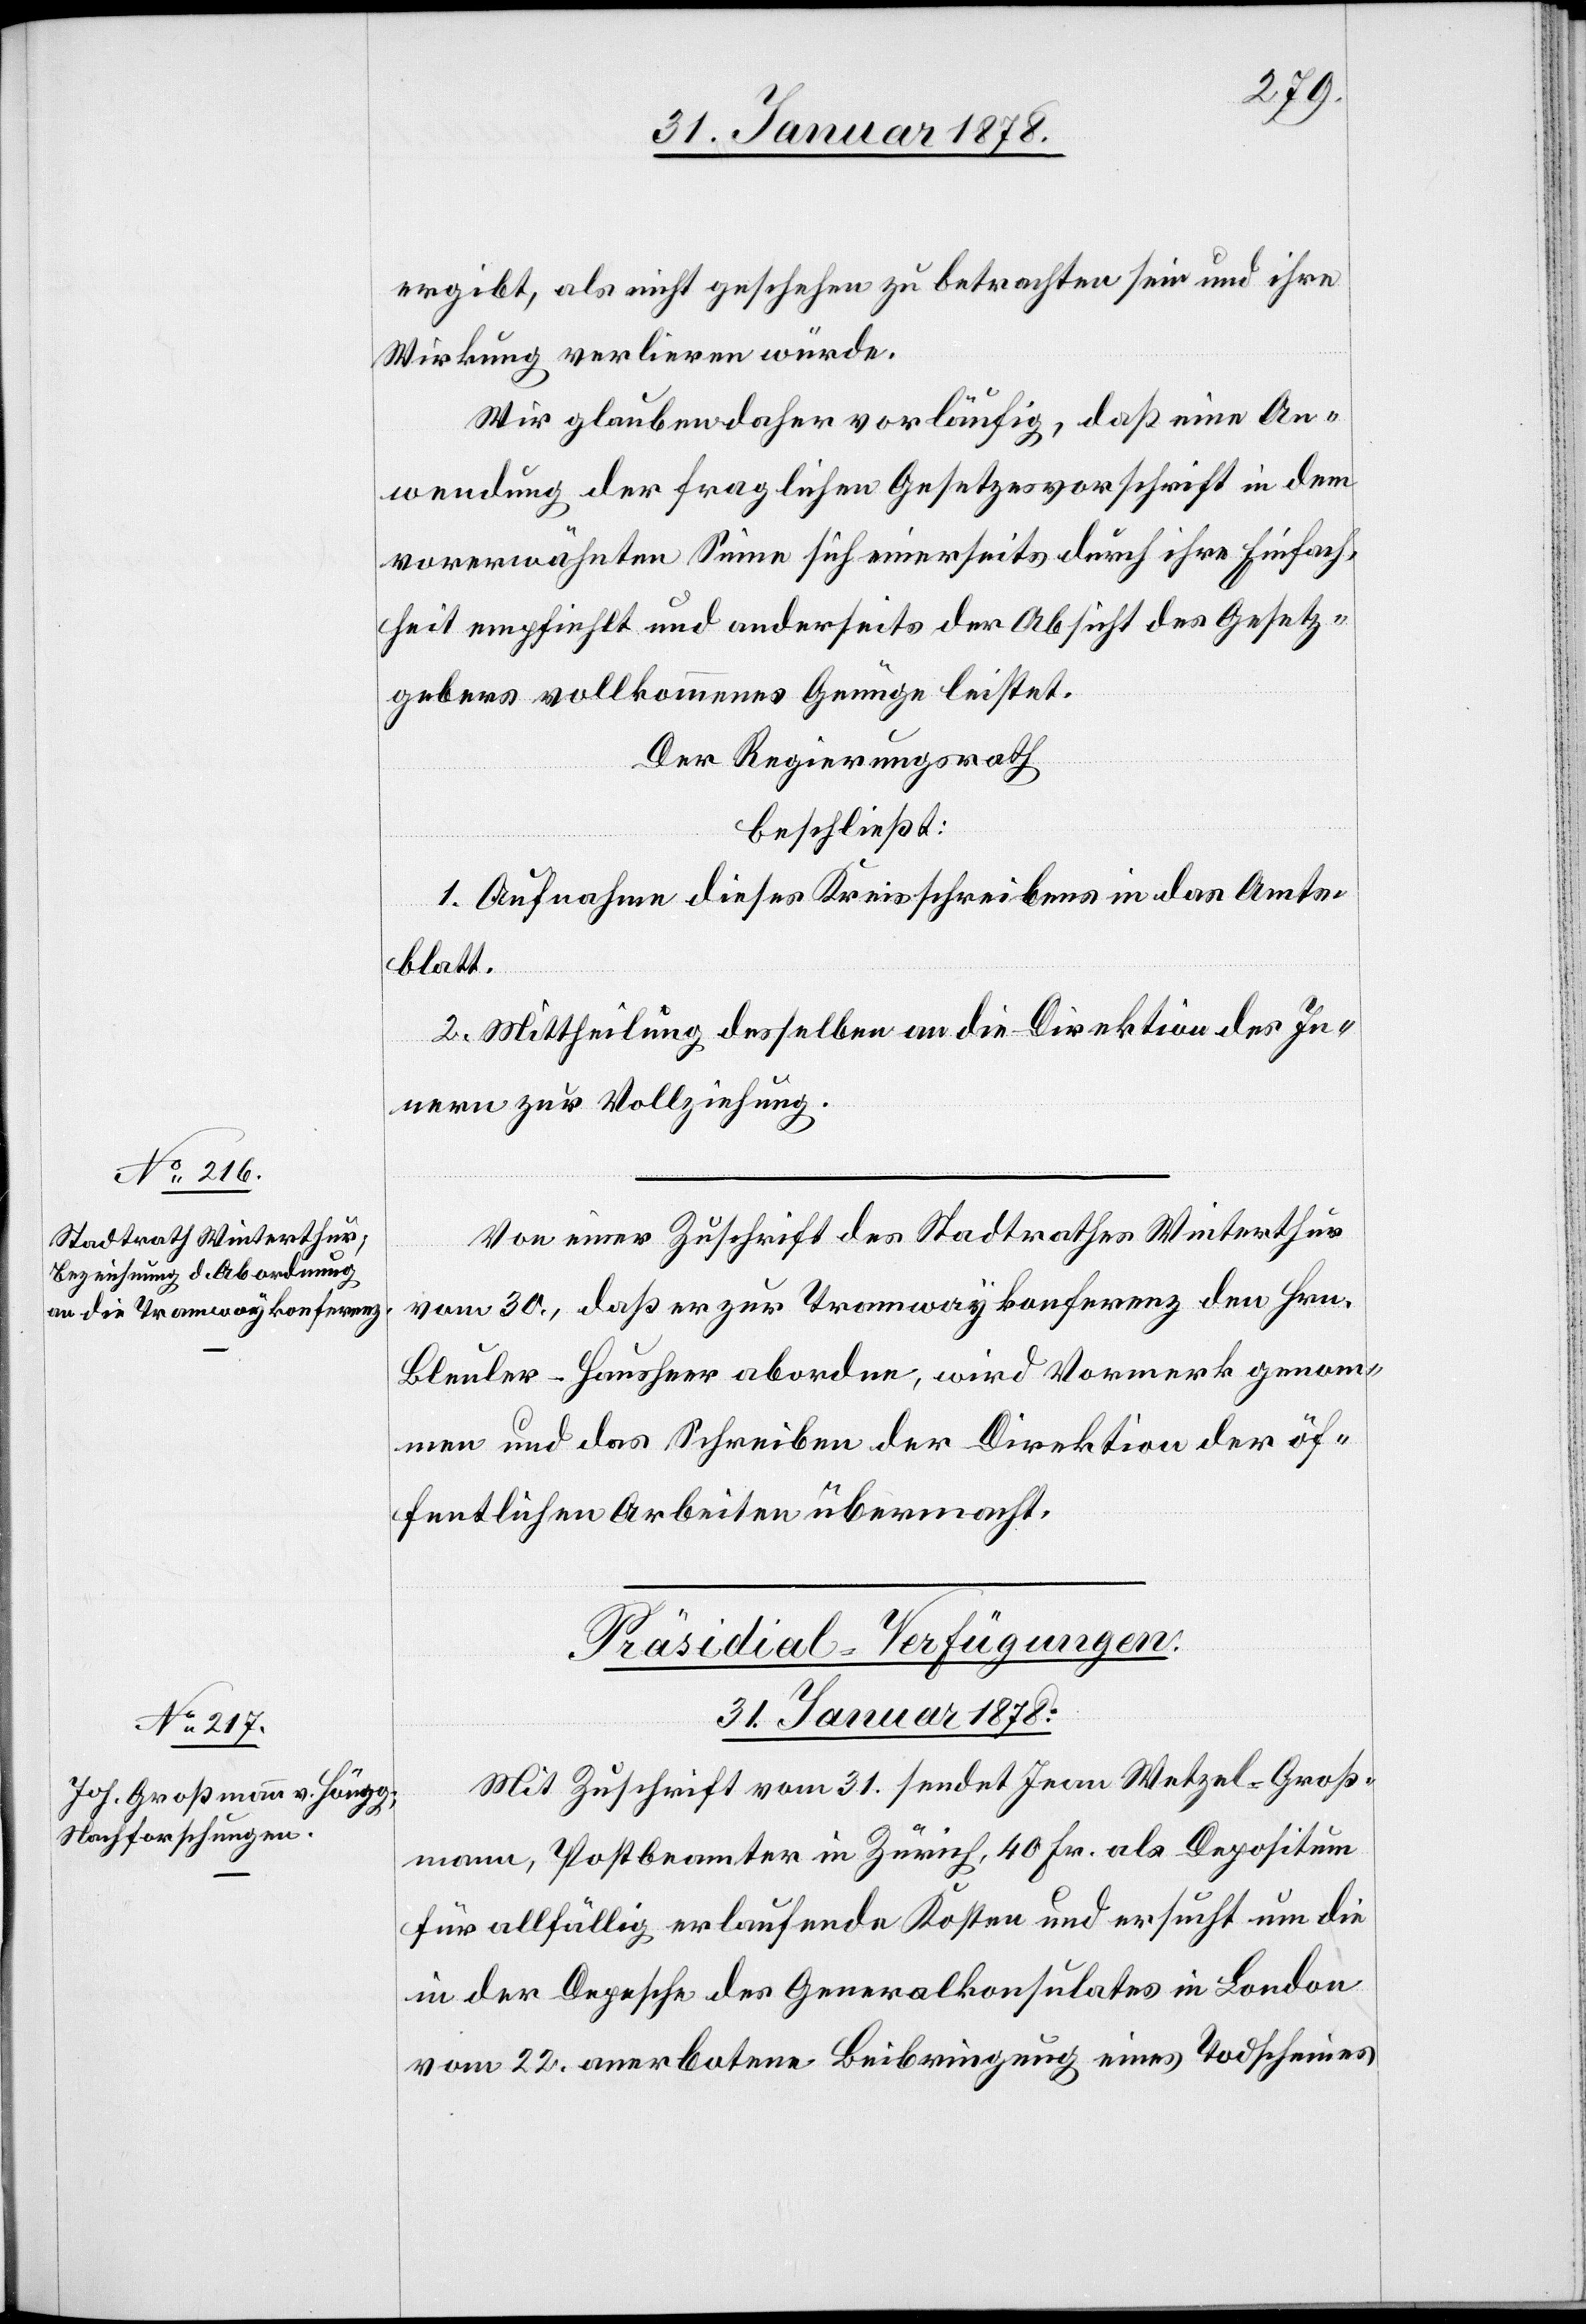
ergibt, als nicht geschehen zu betrachten sein und ihre
Wirkung verlieren würde.
Wir glauben daher vorläufig, daß eine An¬
wendung der fraglichen Gesetzesvorschrift in dem
vorerwähnten Sinne sich einerseits durch ihre Einfach¬
heit empfiehlt und anderseits der Absicht des Gesetz¬
gebers vollkommen Genüge leistet.
Der Regierungsrath
beschließt:
1. Aufnahme dieses Kreisschreibens in das Amts¬
blatt.
2. Mittheilung desselben an die Direktion des In¬
nern zur Vollziehung.
Von einer Zuschrift des Stadtrathes Winterthur
vom 30., daß er zur Tramwaykonferenz den Hrn.
Bleuler-Hausheer abordne, wird Vormerk genom¬
men und das Schreiben der Direktion der öf¬
fentlichen Arbeiten übermacht.
Präsidial-Verfügungen.
31. Januar 1878.
Mit Zuschrift vom 31. sendet Jean Wetzel-Groß¬
mann, Postbeamter in Zürich, 40 Fr. als Depositum
für allfällig erlaufende Kosten und ersucht um die
in der Depesche des Generalkonsulates in London
vom 22. anerbotene Beibringung eines Todscheines